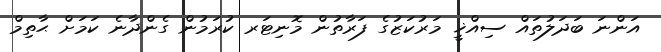
އަންނަ ބަދަލުތައް ސިއްޚީ މަރުކަޒުގެ ފަރާތުން މޮނިޓަރ ކުރަމުން ގެންދާނެ ކަމަށް ޙާތިމް